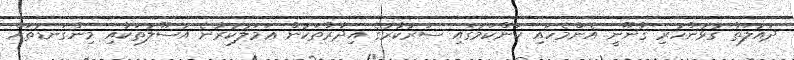
ދައުލަތާ ގުޅުންހުރި ޤާނޫނީ އެންމެހައި ކަންކަމުގައި ސަރުކާރުގެ އިދާރާތަކުން ޢަމަލުކުރާނެ އުސޫލުތަކާއި މިންގަނޑުތައް